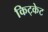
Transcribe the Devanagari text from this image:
किट्केट